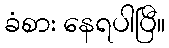
ခံစား နေရပါပြီ။